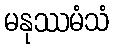
မနုဿမံသံ